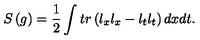
S \left( g \right) = \frac 1 2 \int t r \left( l _ { x } l _ { x } - l _ { t } l _ { t } \right) d x d t .